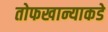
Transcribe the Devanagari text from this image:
तोफखान्याकडे